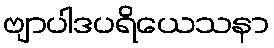
ဗျာပါဒပရိယေသနာ